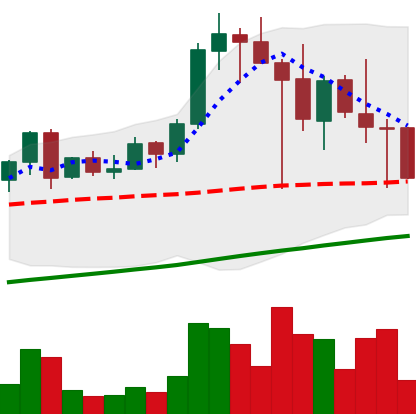
Ticker: LINK-USD
Chart end date: 2021-04-24
Forward return: 17.092%
Label: up_7plus